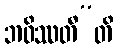
ဘဝိဿတီ”တိ